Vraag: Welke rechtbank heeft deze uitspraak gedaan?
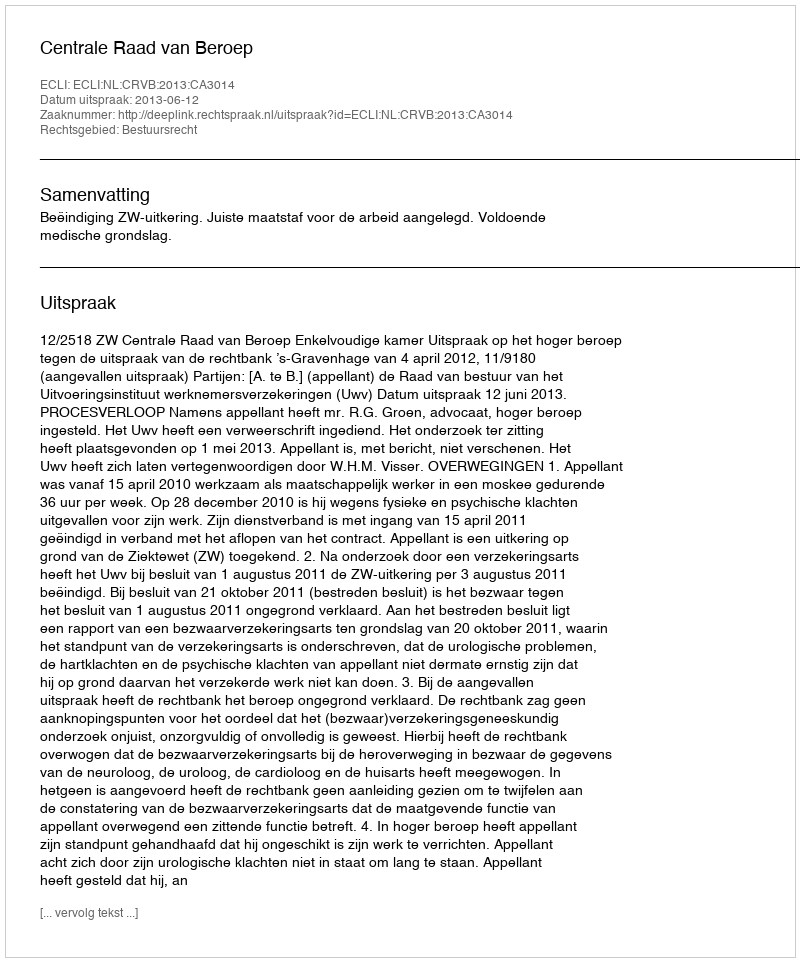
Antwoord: Centrale Raad van Beroep